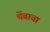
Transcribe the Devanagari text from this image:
थेंबाचा